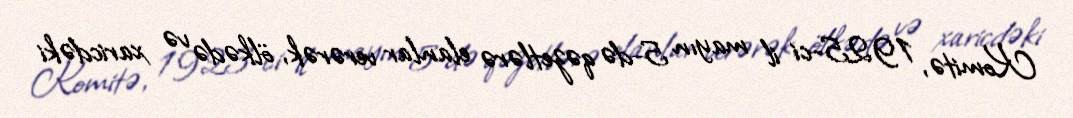
Komitə, 1925-ci il mayın 5-də qəzetlərə elanlar verərək, ölkədə və xaricdəki